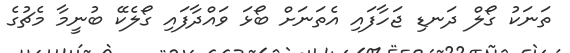
ތަނަކު ގޯލް ދަނޑި ޖަހާފައި އެތަނަށް ބޯޅަ ވައްދާފައި ގޯލެކޭ ބުނީމާ މެޗުގެ